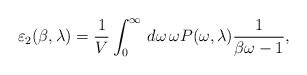
\begin{align*}\varepsilon_{2}(\beta,\lambda)=\frac{1}{V}\int_{0}^{\infty}\,d\omega\,\omega P(\omega,\lambda)\frac{1}{\beta\omega-1},\end{align*}